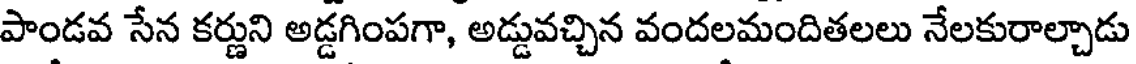
పాండవ సేన కర్ణుని అడ్డగింపగా, అడ్డువచ్చిన వందలమందితలలు నేలకురాల్చాడు